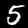
Label: 5